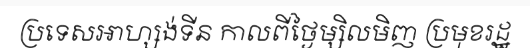
ប្រទេសអាហ្សង់ទីន កាលពីថ្ងៃម្សិលមិញ ប្រមុខរដ្ឋ